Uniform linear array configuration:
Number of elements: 32
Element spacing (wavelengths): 0.75
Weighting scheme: exponential
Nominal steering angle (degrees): -15
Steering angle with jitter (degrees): -14.417
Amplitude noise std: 0.05
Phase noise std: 0.05

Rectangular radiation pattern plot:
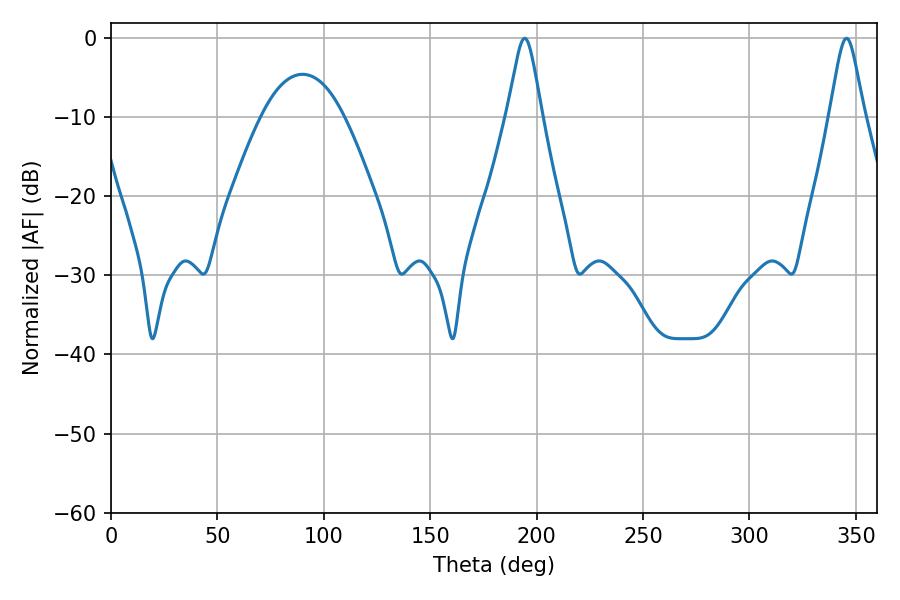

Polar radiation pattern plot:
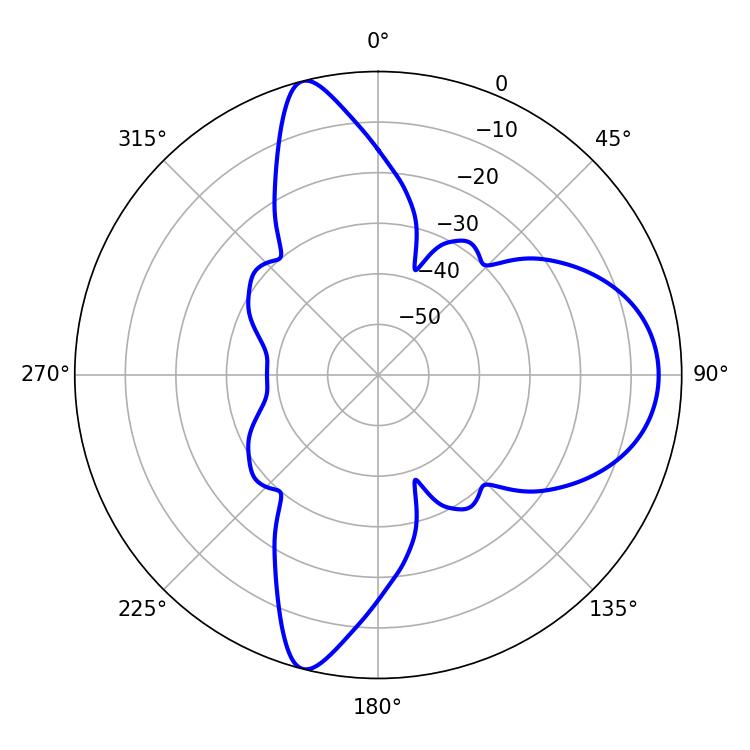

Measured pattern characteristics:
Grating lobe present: TRUE
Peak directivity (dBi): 12.696
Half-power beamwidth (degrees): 7.74
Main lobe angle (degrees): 194.4